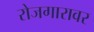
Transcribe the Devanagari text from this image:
रोजगारावर